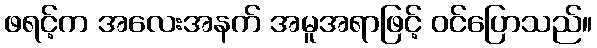
ဖရင့်က အလေးအနက် အမူအရာဖြင့် ဝင်ပြောသည်။